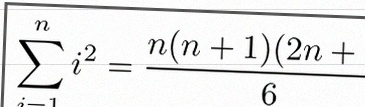
\sum_{i=1}^{n}i^2=\frac{n(n+1)(2n+1)}6